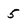
Character: 5